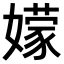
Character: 𭒣